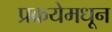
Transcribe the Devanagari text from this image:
प्रक्रयेमधून